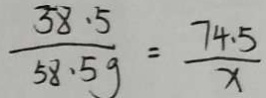
\frac { 3 8 . 5 } { 5 8 . 5 g } = \frac { 7 4 . 5 } { x }